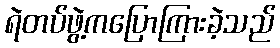
ရဲတပ်ဖွဲ့ကပြောကြားခဲ့သည်